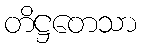
တိဋ္ဌတေသာ